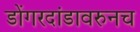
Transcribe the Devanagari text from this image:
डोंगरदांडावरुनच